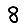
Digit: 8